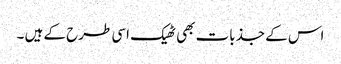
اس کے جذبات بھی ٹھیک اسی طرح کے ہیں ۔